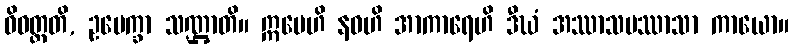
ဝိဝတ္တတိ, ဥပေက္ခာ သဏ္ဌာတိ။ ဣမေဟိ နဝဟိ အာကာရေဟိ ဒီဃံ အဿာသပဿာသာ ကာယော။